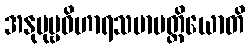
အနုပုဗ္ဗဝိဟာရသမာပတ္တိယောတိ